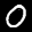
Label: 0